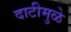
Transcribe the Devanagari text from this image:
दाटीमुळे